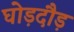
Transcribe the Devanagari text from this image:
घोड़दौड़